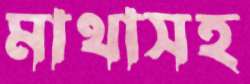
মাথাসহ